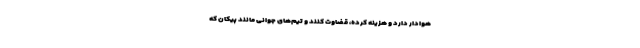
هوادار دارد و هزینه کرده، قضاوت کنند و تیم‌های جوانی مانند پیکان که